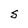
Character: S